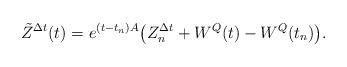
LaTeX: \begin{align*}\tilde{Z}^{\Delta t}(t)=e^{(t-t_n)A}\bigl(Z_n^{\Delta t}+W^Q(t)-W^Q(t_n)\bigr).\end{align*}